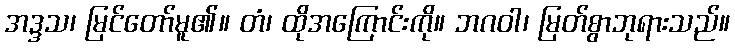
အဒ္ဒသ၊ မြင်တော်မူ၏။ တံ၊ ထိုအကြောင်းကို။ ဘဂဝါ၊ မြတ်စွာဘုရားသည်။